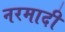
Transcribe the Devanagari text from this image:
नरमादी